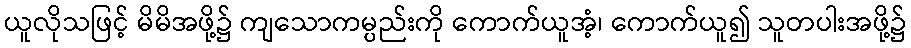
ယူလိုသဖြင့် မိမိအဖို့၌ ကျသောကမ္ပည်းကို ကောက်ယူအံ့၊ ကောက်ယူ၍ သူတပါးအဖို့၌